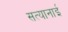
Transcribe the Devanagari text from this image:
सत्यानाई